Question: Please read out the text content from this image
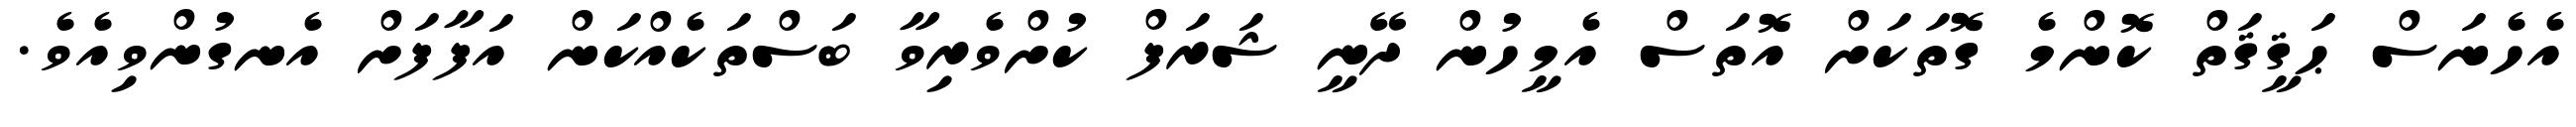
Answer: އެހެނަސް ޙަޤީޤަތް ކޮންމެ ގޮތަކަށް އޮތަސް އެމީހުން ދޭނީ ޝަރަފް ކުށްވެރިވާ ބަސްތަކެއްކަން އަފާފަށް އެނގުންވިއެވެ.